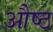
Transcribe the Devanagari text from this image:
औष्ठ